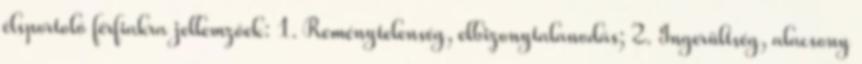
élsportoló férfiakra jellemzőek: 1. Reménytelenség, elbizonytalanodás; 2. Ingerültség, alacsony